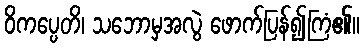
ဝိကပ္ပေတိ၊ သဘောမှအလွဲ ဖောက်ပြန်၍ကြံ၏။